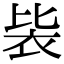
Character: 䘡